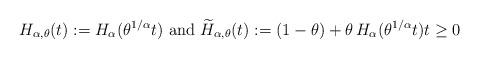
LaTeX: \begin{align*}H_{\alpha,\theta}(t):=H_{\alpha}(\theta^{1/\alpha}t)\text{ and }\widetilde{H}_{\alpha,\theta}(t):=(1-\theta)+\theta\,H_{\alpha}(\theta^{1/\alpha}t)t\geq0\end{align*}